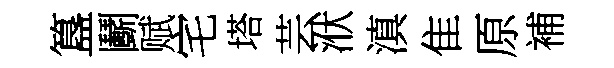
簋鬬赋宅塔芸洑滇隹原補